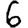
Digit: 6